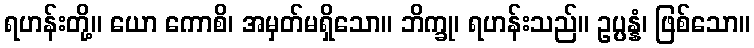
ရဟန်းတို့။ ယော ကောစိ၊ အမှတ်မရှိသော။ ဘိက္ခု၊ ရဟန်းသည်။ ဥပ္ပန္နံ၊ ဖြစ်သော။